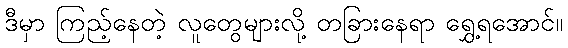
ဒီမှာ ကြည့်နေတဲ့ လူတွေများလို့ တခြားနေရာ ရွှေ့ရအောင်။